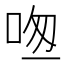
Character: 𠱱